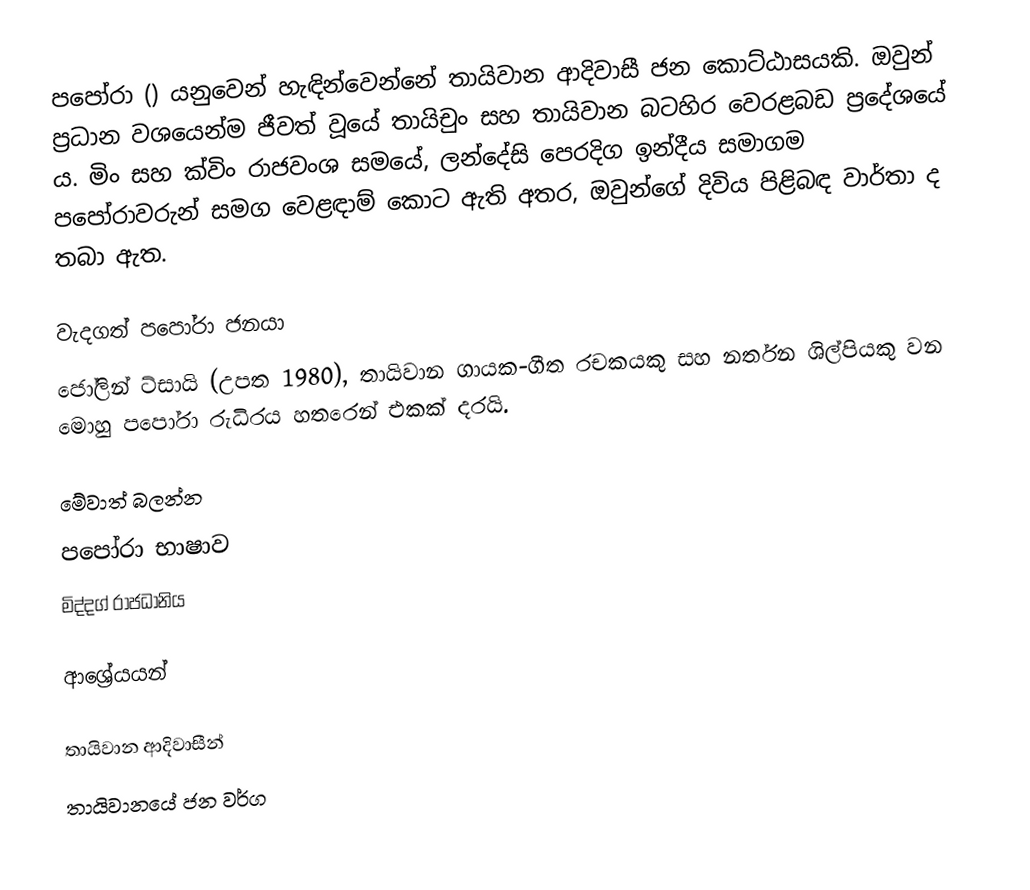
පපෝරා () යනුවෙන් හැඳින්වෙන්නේ තායිවාන ආදිවාසී ජන කොට්ඨාසයකි. ඔවුන් ප්‍රධාන වශයෙන්ම ජීවත් වූයේ තායිචුං සහ තායිවාන බටහිර වෙරළබඩ ප්‍රදේශයේ ය. මිං සහ ක්විං රාජවංශ සමයේ, ලන්දේසි පෙරදිග ඉන්දීය සමාගම පපෝරාවරුන් සමග වෙළඳාම් කොට ඇති අතර, ඔවුන්ගේ දිවිය පිළිබඳ වාර්තා ද තබා ඇත.

වැදගත් පපෝරා ජනයා
ජෝලින් ට්සායි (උපත 1980), තායිවාන ගායක-ගීත රචකයකු සහ නර්තන ශිල්පියකු වන මොහු පපෝරා රුධිරය හතරෙන් එකක් දරයි.

මේවාත් බලන්න
පපෝරා භාෂාව
මිද්දග් රාජධානිය

ආශ්‍රේයයන්

තායිවාන ආදිවාසීන්
තායිවානයේ ජන වර්ග